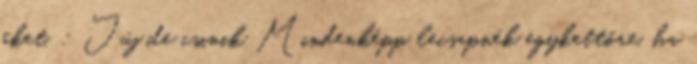
őket. : Júj de csinik Mindenképp lecsapnék egykettőre, ha